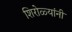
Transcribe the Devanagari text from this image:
शिरोळ्यांनी